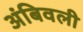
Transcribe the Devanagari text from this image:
अंबिवली